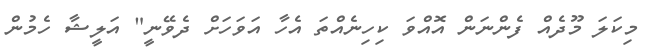
މިކަލަ މޫދެއް ފެންނަން އޮއްވަ ކިހިނެއްތަ އެހާ އަވަހަށް ދެވޭނީ" އަލީޝާ ހެމުން